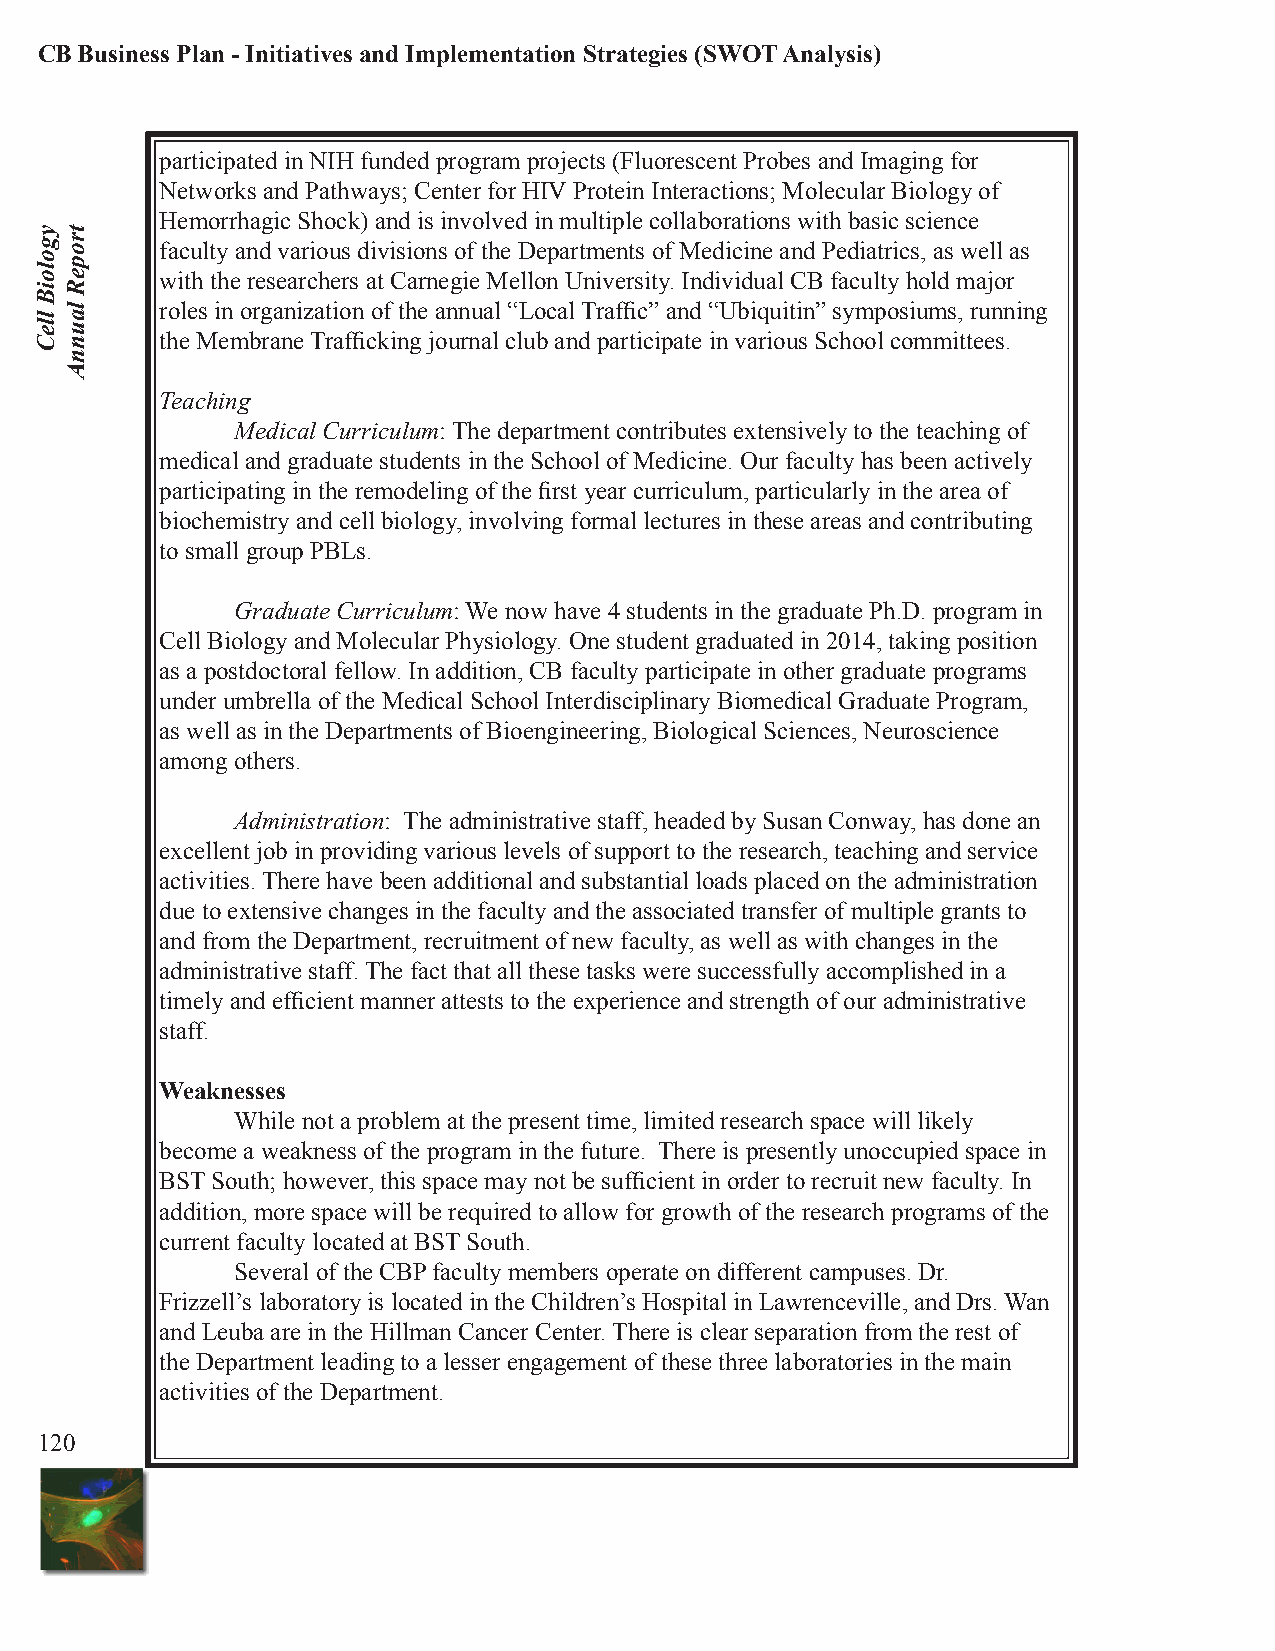
CB Business Plan - Initiatives and Implementation Strategies (SWOT Analysis)
 participated in NIH funded program projects (Fluorescent Probes and Imaging for
 Networks and Pathways; Center for HIV Protein Interactions; Molecular Biology of
 Hemorrhagic Shock) and is involved in multiple collaborations with basic science
 faculty and various divisions of the Departments of Medicine and Pediatrics, as well as
 with the researchers at Carnegie Mellon University. Individual CB faculty hold major
 roles in organization of the annual “Local Traffic” and “Ubiquitin” symposiums, running
 the Membrane Trafficking journal club and participate in various School committees.
 Teaching
 Medical Curriculum: The department contributes extensively to the teaching of
 medical and graduate students in the School of Medicine. Our faculty has been actively
 participating in the remodeling of the first year curriculum, particularly in the area of
 biochemistry and cell biology, involving formal lectures in these areas and contributing
 to small group PBLs.
 Graduate Curriculum: We now have 4 students in the graduate Ph.D. program in
 Cell Biology and Molecular Physiology. One student graduated in 2014, taking position
 as a postdoctoral fellow. In addition, CB faculty participate in other graduate programs
 under umbrella of the Medical School Interdisciplinary Biomedical Graduate Program,
 as well as in the Departments of Bioengineering, Biological Sciences, Neuroscience
 among others.
 Administration: The administrative staff, headed by Susan Conway, has done an
 excellent job in providing various levels of support to the research, teaching and service
 activities. There have been additional and substantial loads placed on the administration
 due to extensive changes in the faculty and the associated transfer of multiple grants to
 and from the Department, recruitment of new faculty, as well as with changes in the
 administrative staff. The fact that all these tasks were successfully accomplished in a
 timely and efficient manner attests to the experience and strength of our administrative
 staff.
 Weaknesses
 While not a problem at the present time, limited research space will likely
 become a weakness of the program in the future. There is presently unoccupied space in
 BST South; however, this space may not be sufficient in order to recruit new faculty. In
 addition, more space will be required to allow for growth of the research programs of the
 current faculty located at BST South.
 Several of the CBP faculty members operate on different campuses. Dr.
 Frizzell’s laboratory is located in the Children’s Hospital in Lawrenceville, and Drs. Wan
 and Leuba are in the Hillman Cancer Center. There is clear separation from the rest of
 the Department leading to a lesser engagement of these three laboratories in the main
 activities of the Department.
 120
 ygoloiB
 lleC
 tropeR
 launnA